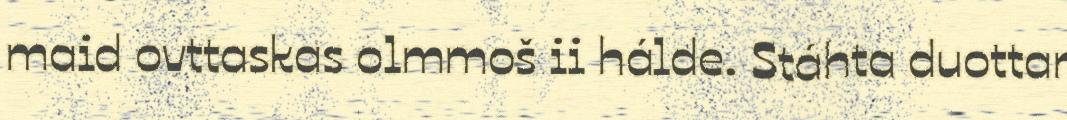
maid ovttaskas olmmoš ii hálde. Stáhta duottar